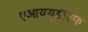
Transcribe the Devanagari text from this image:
एआययूडीएफ